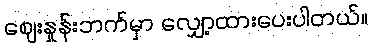
ဈေးနှုန်းဘက်မှာ လျှော့ထားပေးပါတယ်။